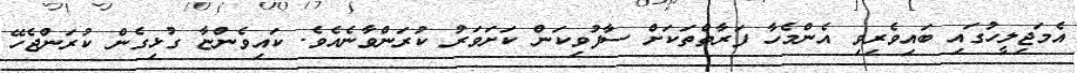
އެމަޖިލީހުގައި ބައިވެރިވި އެންމެހާ ފަރާތްތަކަށް ސާފުވިކަން ކަށަވަރު ކުރަންވާނެއެވެ. ކައިވެންޏާ ގުޅިގެން ކުރަންޖެހޭ